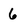
Character: 6